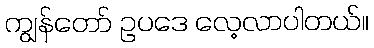
ကျွန်တော် ဥပဒေ လေ့လာပါတယ်။